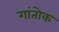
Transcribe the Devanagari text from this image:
गांतोक